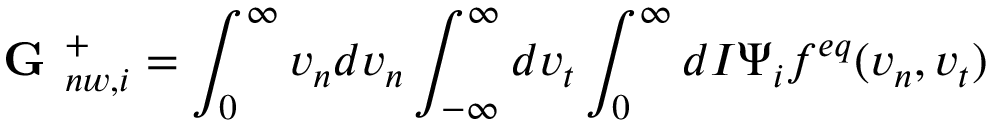
\textbf { G } _ { n w , i } ^ { + } = \int _ { 0 } ^ { \infty } v _ { n } d v _ { n } \int _ { - \infty } ^ { \infty } d v _ { t } \int _ { 0 } ^ { \infty } d I \Psi _ { i } f ^ { e q } ( v _ { n } , v _ { t } )